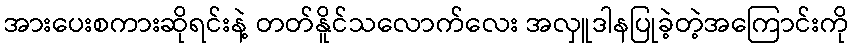
အားပေးစကားဆိုရင်းနဲ့ တတ်နိူင်သလောက်လေး အလှူဒါနပြုခဲ့တဲ့အကြောင်းကို